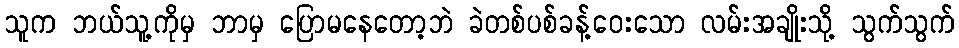
သူက ဘယ်သူ့ကိုမှ ဘာမှ ပြောမနေတော့ဘဲ ခဲတစ်ပစ်ခန့်ဝေးသော လမ်းအချိုးသို့ သွက်သွက်